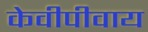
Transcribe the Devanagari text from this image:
केवीपीवाय